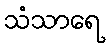
သံသာရေ